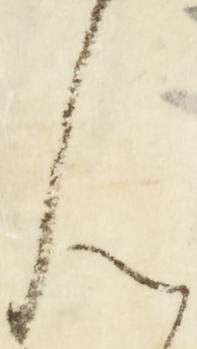
ん